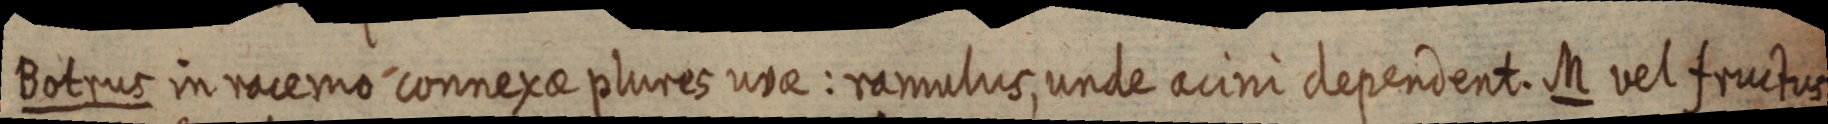
Botrus in racemo connexae plures unae: ramulus, unde acini dependent. M vel fructus